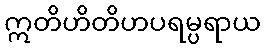
ဣတိဟိတိဟပရမ္ပရာယ